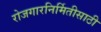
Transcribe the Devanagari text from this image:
रोजगारनिर्मितीसाठी